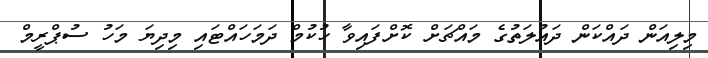
މިލިއަން ދައްކަަން ދައުލަތުގެ މައްޗަށް ކޮށްފައިވާ ހުކުމް ދަމަހައްޓައި މިދިޔަ މަހު ސުޕްރީމް